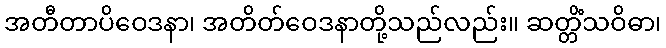
အတီတာပိဝေဒနာ၊ အတိတ်ဝေဒနာတို့သည်လည်း။ ဆတ္တိံသဝိဓာ၊